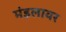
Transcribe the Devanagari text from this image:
मंडलावर